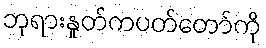
ဘုရားနှုတ်ကပတ်တော်ကို